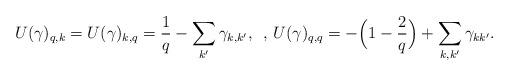
LaTeX: \begin{align*}U(\gamma)_{q,k} = U(\gamma)_{k,q} = \frac{1}{q} - \sum_{k'} \gamma_{k,k'} , \,\,\,,\,U(\gamma)_{q,q} = - \Big(1- \frac{2}{q} \Big) + \sum_{k, k'} \gamma_{k k'}. \end{align*}